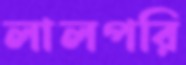
লালপরি